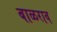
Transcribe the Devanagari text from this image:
बाळराव